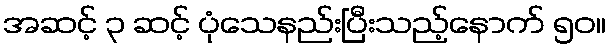
အဆင့် ၃ ဆင့် ပုံသေနည်းပြီးသည့်နောက် ၅၀။